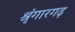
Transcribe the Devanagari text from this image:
श्रृंगारगढ़